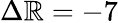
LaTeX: \Delta\mathbb{R}=-7